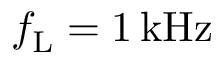
f _ { \mathrm { L } } = 1 \, \mathrm { k H z }